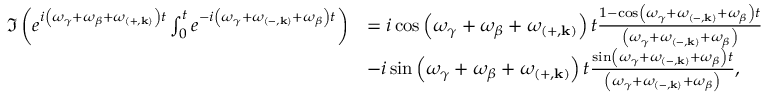
\begin{array} { r l } { \Im \left( e ^ { i \left( \omega _ { \gamma } + \omega _ { \beta } + \omega _ { \left( + , \mathbf { k } \right) } \right) t } \int _ { 0 } ^ { t } e ^ { - i \left( \omega _ { \gamma } + \omega _ { \left( - , \mathbf { k } \right) } + \omega _ { \beta } \right) t } \right) } & { = i \cos \left( \omega _ { \gamma } + \omega _ { \beta } + \omega _ { \left( + , \mathbf { k } \right) } \right) t \frac { 1 - \cos \left( \omega _ { \gamma } + \omega _ { \left( - , \mathbf { k } \right) } + \omega _ { \beta } \right) t } { \left( \omega _ { \gamma } + \omega _ { \left( - , \mathbf { k } \right) } + \omega _ { \beta } \right) } } \\ & { - i \sin \left( \omega _ { \gamma } + \omega _ { \beta } + \omega _ { \left( + , \mathbf { k } \right) } \right) t \frac { \sin \left( \omega _ { \gamma } + \omega _ { \left( - , \mathbf { k } \right) } + \omega _ { \beta } \right) t } { \left( \omega _ { \gamma } + \omega _ { \left( - , \mathbf { k } \right) } + \omega _ { \beta } \right) } , } \end{array}